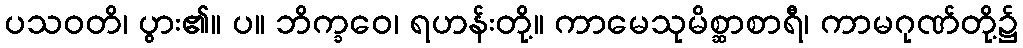
ပသဝတိ၊ ပွား၏။ ပ။ ဘိက္ခဝေ၊ ရဟန်းတို့။ ကာမေသုမိစ္ဆာစာရီ၊ ကာမဂုဏ်တို့၌